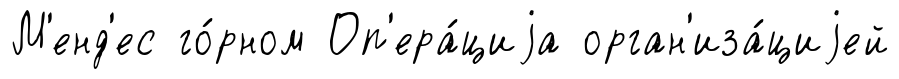
М'енд'ес го́рном Оп'ера́циjа орган'иза́циjей